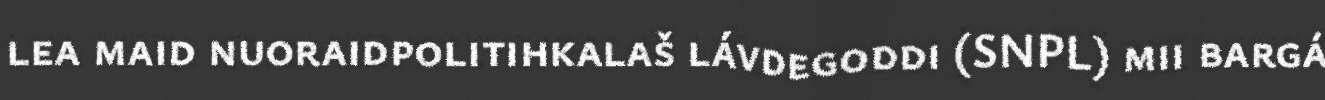
lea maid nuoraidpolitihkalaš lávdegoddi (SNPL) mii bargá